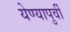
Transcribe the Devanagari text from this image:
येण्यापुर्वी